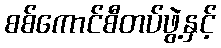
စစ်ကောင်စီတပ်ဖွဲ့နှင့်